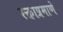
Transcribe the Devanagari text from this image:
रक्ताप्रमाणे